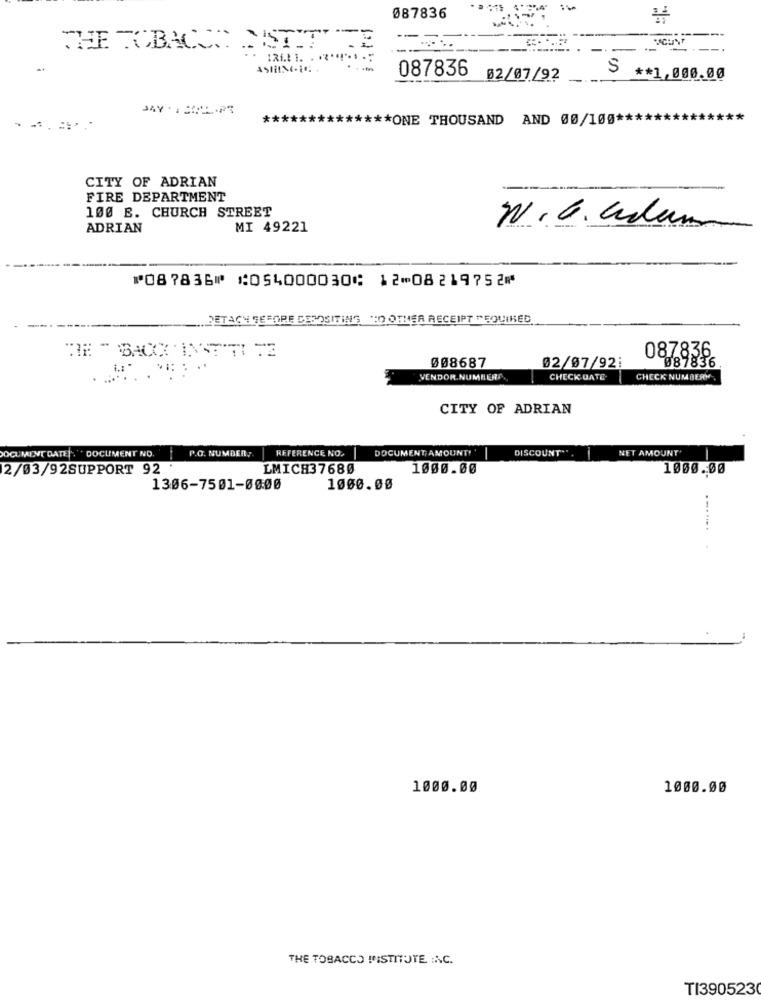
087836
TE
THE TOBACCO
ASININ
087836 02/07/92
S ** 1,000.00
DAY . : XALORS
***
*** ONE THOUSAND AND 00/100 ****
-
-: .
CITY OF ADRIAN
FIRE DEPARTMENT
100 E. CHURCH STREET
ADRIAN
MI 49221
N. G. adam
⑈087836⑈ ⑆054000030⑆ 12⑉08219752⑈
DETACH SEFORE DESOSITING NO OTHER RECEIPT REQUIRED
087836
087836
008687
02/07/92:
VENDOR.NUMBERA.
CHECK GATE
CHECK NUMBERY
CITY OF ADRIAN
DOCUMENT DATE. " DOCUMENT NO.
P.O. NUMBER,
REFERENCE NO.
DOCUMENT; AMOUNT'
DISCOUNT".
NET AMOUNT'
2/03/92SUPPORT 92
LMICH37680
1000.00
1000.00
1306-7501-00:00
1000.00
-----.
1000.00
1000.00
THE TOBACCO INSTITUTE :AC.
TI3905230